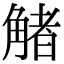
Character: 觰